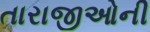
તારાજીઓની